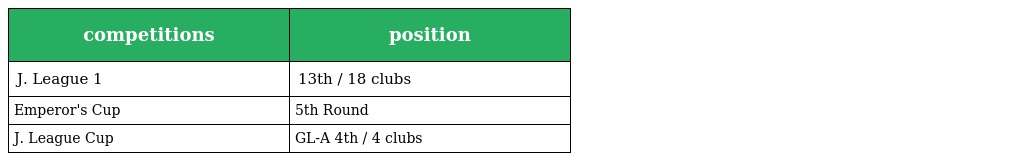
| competitions | position |
 | --- | --- |
 | J. League 1 | 13th / 18 clubs |
 | Emperor's Cup | 5th Round |
 | J. League Cup | GL-A 4th / 4 clubs |